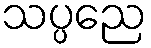
သပ္ပညေ